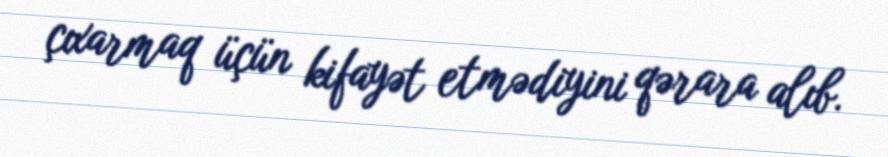
çıxarmaq üçün kifayət etmədiyini qərara alıb.